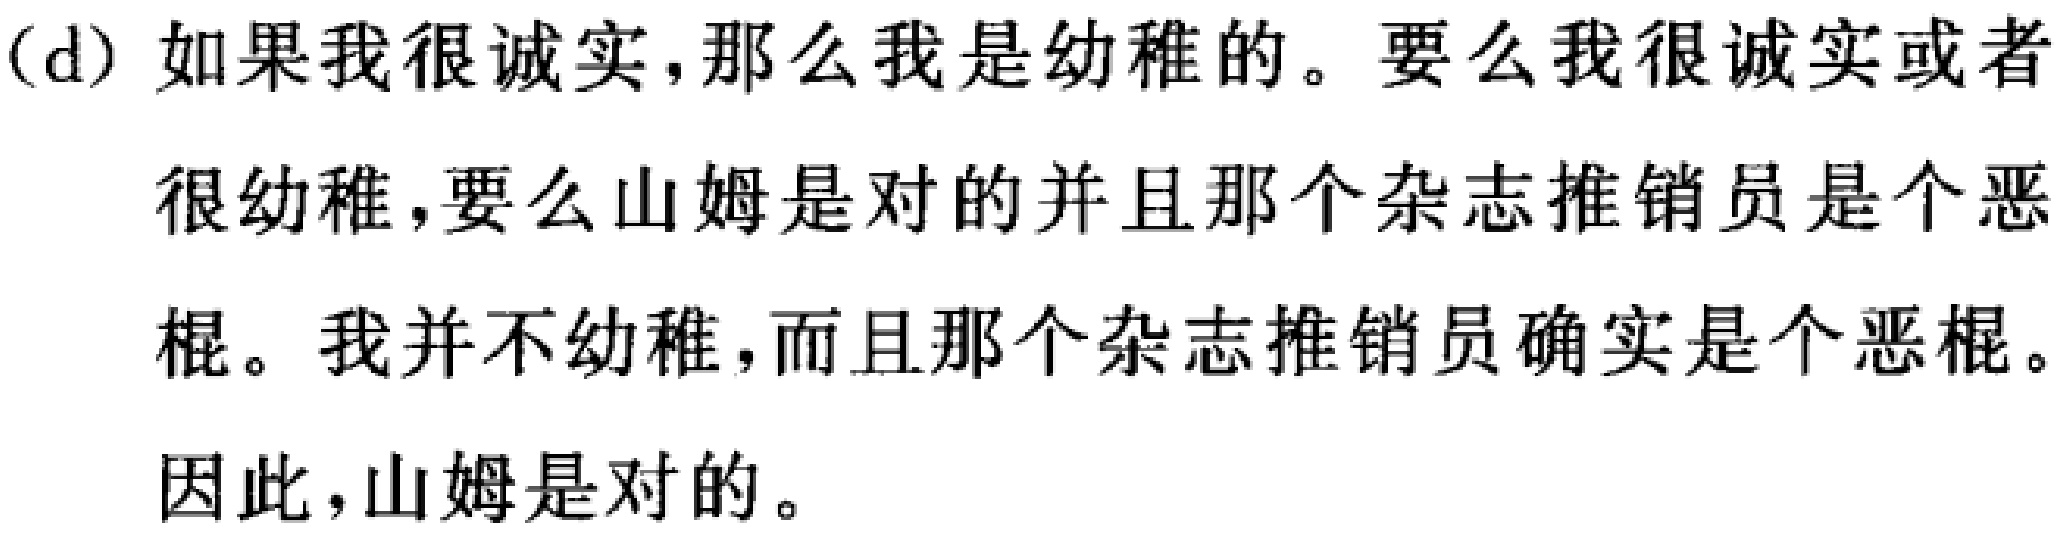
(d) 如果我很诚实,那么我是幼稚的。要么我很诚实或者很幼稚,要么山姆是对的并且那个杂志推销员是个恶棍。我并不幼稚,而且那个杂志推销员确实是个恶棍。因此,山姆是对的。